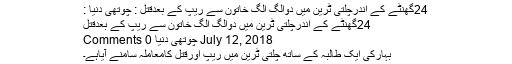
24گھنٹے کے اندرچلتی ٹرین میں دوالگ الگ خاتون سے ریپ کے بعدقتل : چوتھی دنیا :
24گھنٹے کے اندرچلتی ٹرین میں دوالگ الگ خاتون سے ریپ کے بعدقتل
July 12, 2018 چوتھی دنیا 0 Comments
بہارکی ایک طالبہ کے ساتھ چلتی ٹرین میں ریپ اورقتل کامعاملہ سامنے آیاہے۔